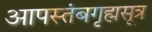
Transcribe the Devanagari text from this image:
आपस्तंबगृह्मसूत्र